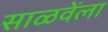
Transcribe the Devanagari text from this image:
साळवेंला